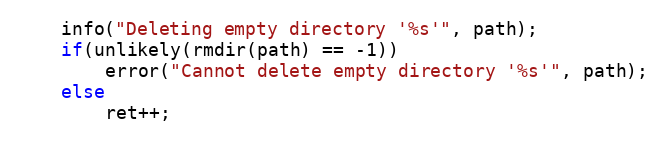
Language: C
    info("Deleting empty directory '%s'", path);
    if(unlikely(rmdir(path) == -1))
        error("Cannot delete empty directory '%s'", path);
    else
        ret++;